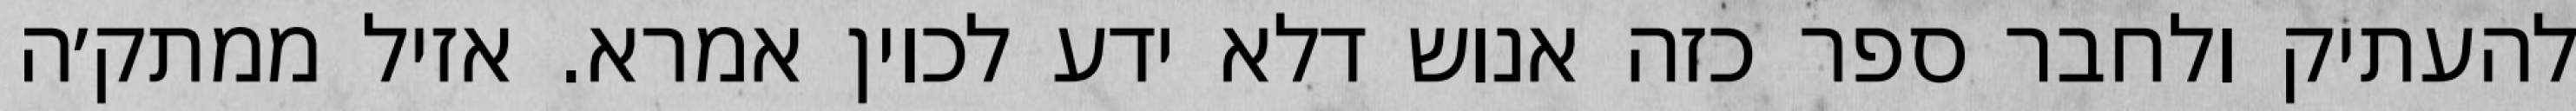
להעתיק ולחבר ספר כזה אנוש דלא ידע לכוין אמרא. אזיל ממתק׳ה